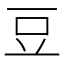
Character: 豆